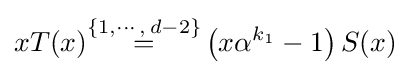
xT(x){\stackrel {\{1,\cdots ,\,d-2\}}{=}}\left(x\alpha ^{k_{1}}-1\right)S(x)